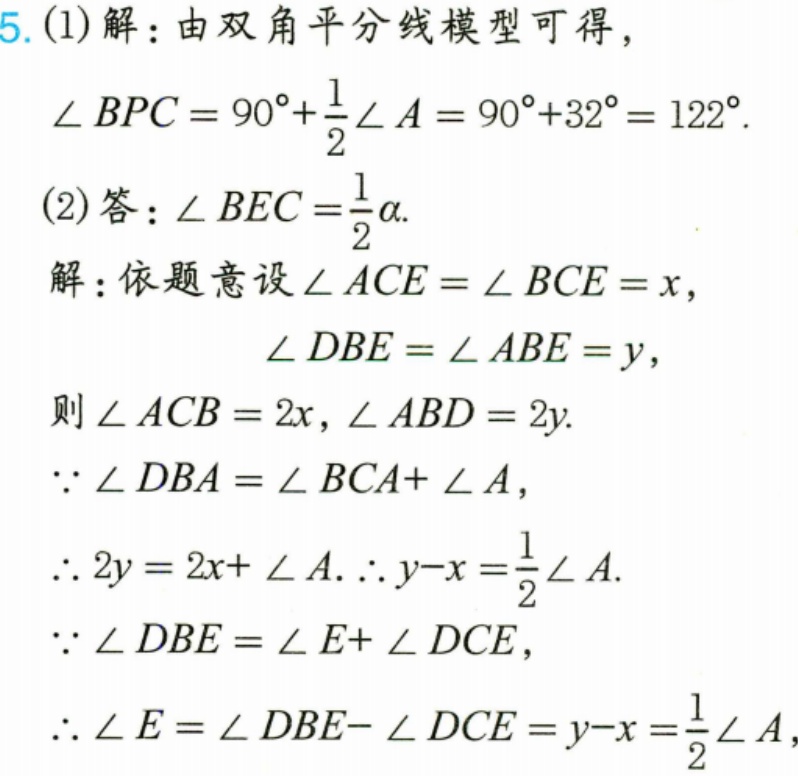
5. (1) 解：由双角平分线模型可得，
\(\angle BPC = 90^{\circ}+\frac{1}{2}\angle A=90^{\circ}+32^{\circ}=122^{\circ}\).
(2) 答：\(\angle BEC=\frac{1}{2}\alpha\).
解：依题意设\(\angle ACE = \angle BCE = x\)，
\(\angle DBE=\angle ABE = y\)，
则\(\angle ACB = 2x,\angle ABD = 2y\).
\(\because\angle DBA=\angle BCA+\angle A\)，
\(\therefore 2y = 2x+\angle A.\therefore y - x=\frac{1}{2}\angle A\).
\(\because\angle DBE=\angle E+\angle DCE\)，
\(\therefore\angle E=\angle DBE - \angle DCE=y - x=\frac{1}{2}\angle A\)，